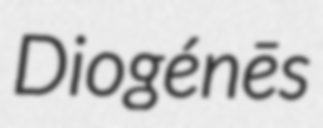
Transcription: Diogénēs